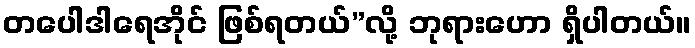
တပေါဒါရေအိုင် ဖြစ်ရတယ်”လို့ ဘုရားဟော ရှိပါတယ်။